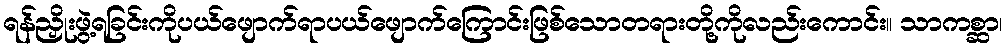
ရန်ညှိုးဖွဲ့ရခြင်းကိုပယ်ဖျောက်ရာပယ်ဖျောက်ကြောင်းဖြစ်သောတရားတို့ကိုလည်းကောင်း။ သာကစ္ဆာ၊